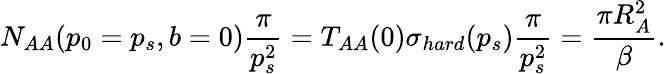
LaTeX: N_{AA}(p_{0}=p_{s},b=0)\frac{\pi}{p_{s}^{2}}=T_{AA}(0)\sigma_{hard}(p_{s})\frac{\pi}{p_{s}^{2}}=\frac{\pi R_{A}^{2}}{\beta}.